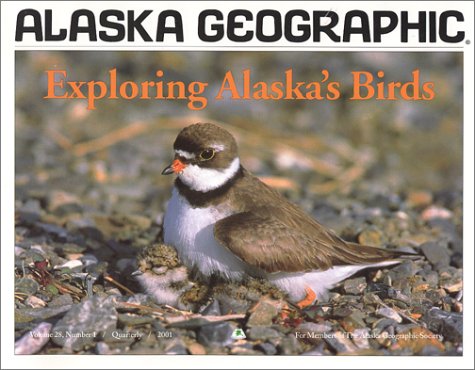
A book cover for Exploring Alaska's Birds (Alaska Geographic); Travel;